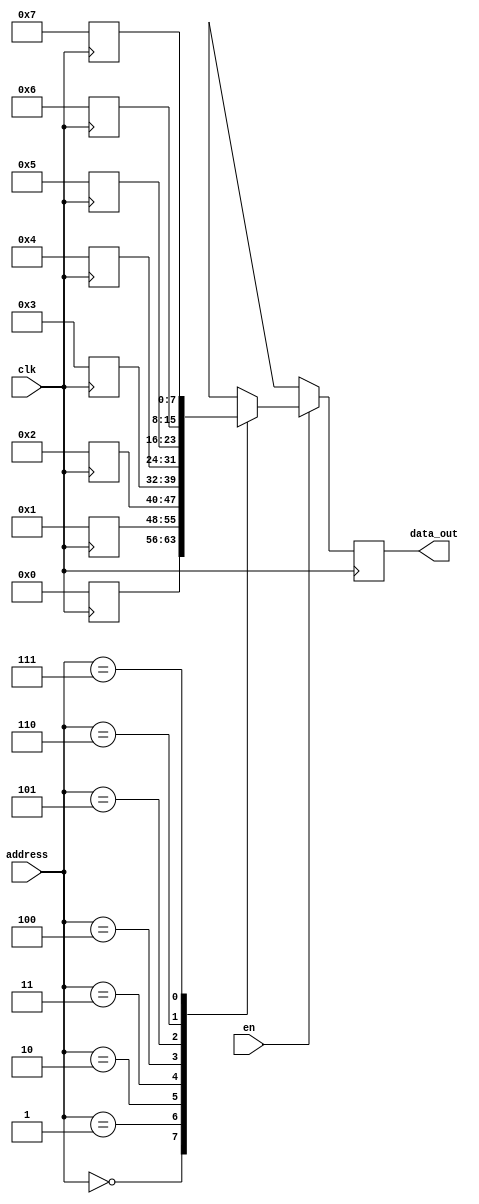
//---------------------ROM 8*8 2^^n*m---------------//
/* - Output 8 Bit
   - Address 3 Bit  
*/
module rom(clk,en,data_out,address);
 // Ports List
  input [2:0] address;
  input en,clk;
  output reg [7:0] data_out;
 // Memory 
  reg [7:0] memory [7:0];
  reg [3:0] i;

  always @(posedge clk)
  begin
    for(i=4'b0;i<4'b1000;i=i+1)
      begin
        memory[i] = i;
      end
  end 


  always@(posedge clk)
    begin
      if(en)
        begin
          data_out <= memory[address];
        end
      else 
        begin
          data_out <= 8'bxxxxxxxx;
        end
    end
endmodule 


//test Bench
// Test Bench of ROM 8*8
module tb;
  reg clk,en;
  reg [2:0] address;
  wire [7:0] data_out;
  integer i;
  always #5 clk = ~ clk;
  rom r1(clk,en,data_out,address);
  initial begin
    clk=1;
    $monitor($time,"Enable=%b, Address=%b, Data_out=%d",en,address,data_out);
    en=0;
    en=1;
    #10;
    address=0;
    for(i=0;i<8;i=i+1)
      begin
        address = address + 1;
        #10;
      end
  end  
  initial begin
  #90 $finish;
  end        
endmodule